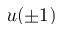
u ( \pm 1 )